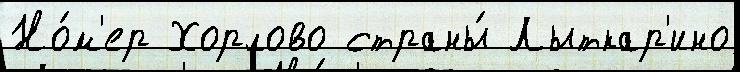
Но́м'ер Хорлово страны́ Лыткар'ино